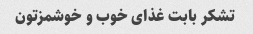
تشکر بابت غذای خوب و خوشمزتون